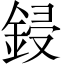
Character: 鋟